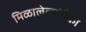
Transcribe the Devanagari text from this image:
मिळालेल्यांपैकी